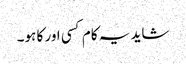
شاید یہ کام کسی اور کا ہو۔